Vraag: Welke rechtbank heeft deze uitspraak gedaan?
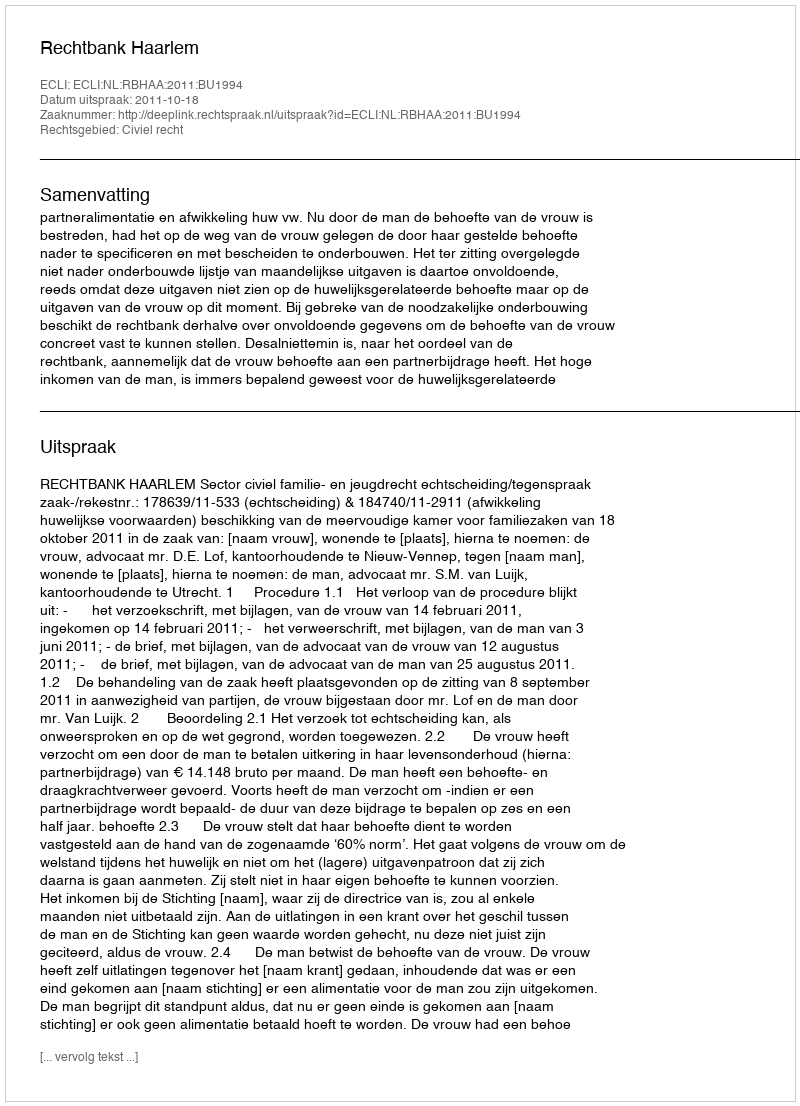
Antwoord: Rechtbank Haarlem